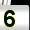
Digit: 5